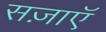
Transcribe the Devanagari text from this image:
सज़ाएॅ